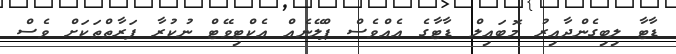
ޑާޓާ ލިބިގެންދާއިރު މޮބައިލް ޑާޓާގެ އެއްވެސް ޕްލޭނެއް އެކްޓިވޭޓް ނުކުރާ ފަރާތްތަކަށް ވެސް